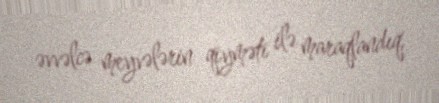
əvvəlcə meyvələrin qiyməti ilə maraqlandıq.